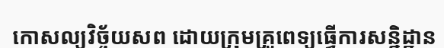
កោសល្យវិច្ច័យសព ដោយក្រុមគ្រួពេទ្យធ្វើការសន្និដ្ឋាន